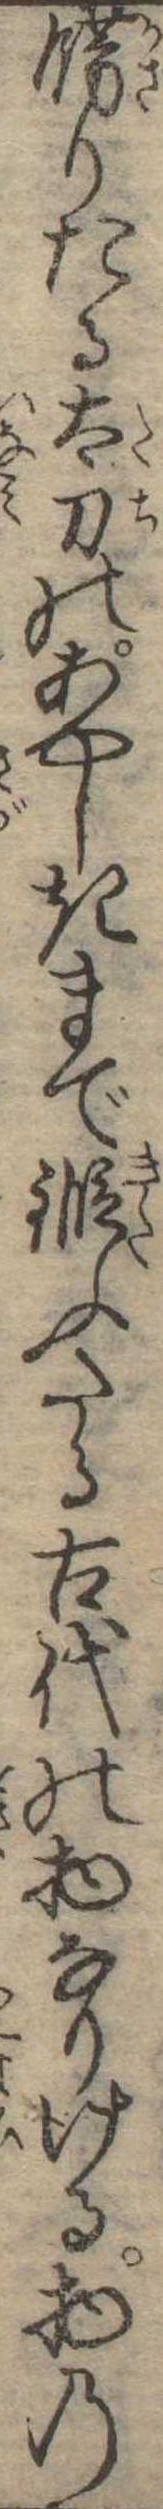
飾りたる太刀のあやしきまで鍛ふたる古代の物なりける物の